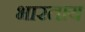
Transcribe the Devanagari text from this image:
भारताय